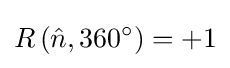
R\left({\hat {n}},360^{\circ }\right)=+1